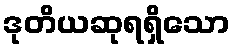
ဒုတိယဆုရရှိသော